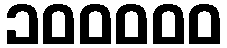
၁၀၀၀၀၀